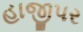
હાજીપર